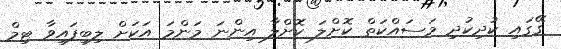
ގޭގައި ކުދިކުދި މަސައްކަތް ކޮށްލަ ކޮށްލާ އިންނަ މަންމަ އަކަށް ލިބިފައިވާ ޓިމް